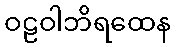
ဝဠဝါဘိရထေန